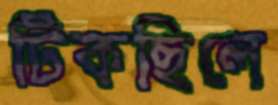
টিকছিলে